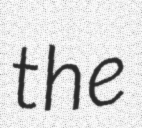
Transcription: the